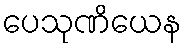
ပေသုဏိယေန